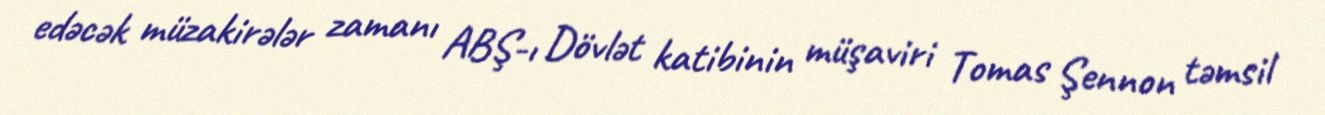
edəcək müzakirələr zamanı ABŞ-ı Dövlət katibinin müşaviri Tomas Şennon təmsil